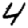
Digit: 4